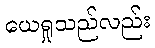
ယေရှုသည်လည်း